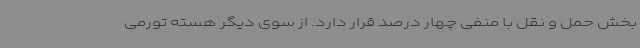
بخش حمل و نقل با منفی چهار درصد قرار دارد. از سوی دیگر هسته تورمی